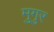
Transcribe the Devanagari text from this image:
मुगुर